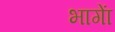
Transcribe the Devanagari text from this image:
भागाें